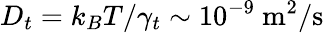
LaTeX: D_{t}=k_{B}T/\gamma_{t}\sim 10^{-9}~\mathrm{m^{2}/s}